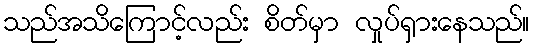
သည်အသိကြောင့်လည်း စိတ်မှာ လှုပ်ရှားနေသည်။